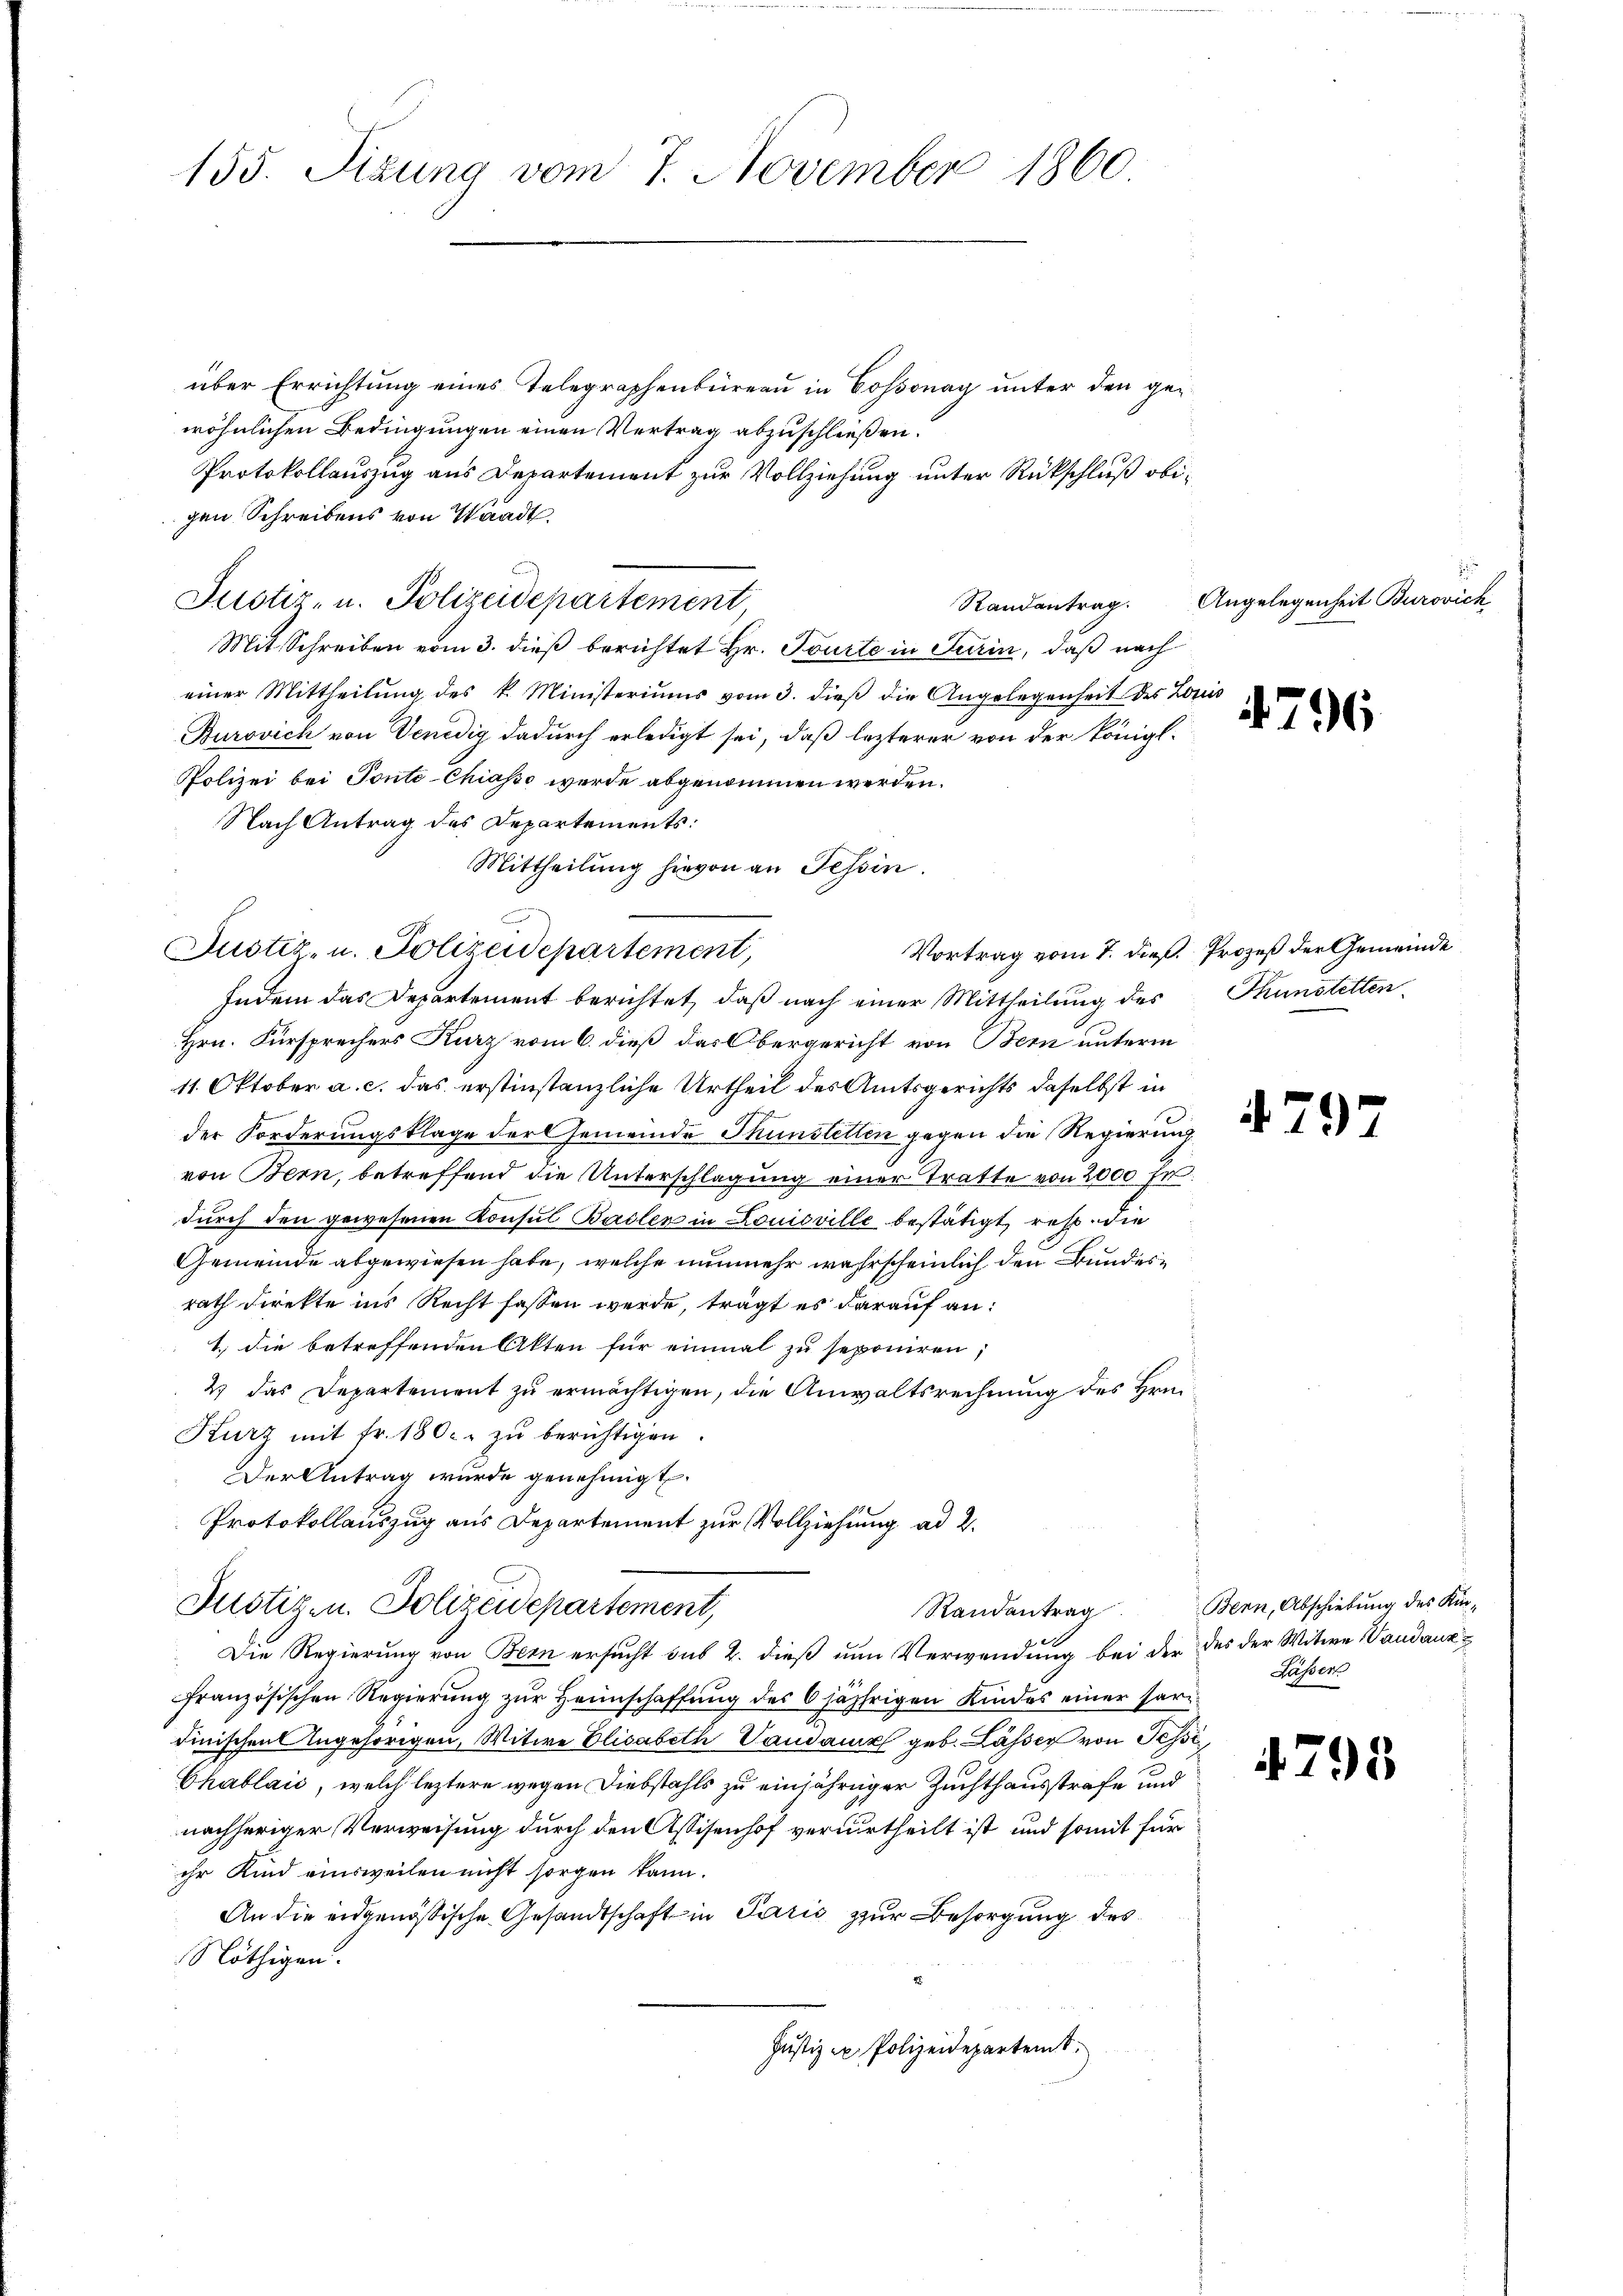
155. Sizung vom 7. November 1860

über Errichtung eines Telegraphenbüreau in Cossonay unter den gewöhnlichen Bedingungen einen Vertrag abzuschließen.
Protokollauszug aus Departement zur Vollziehung unter Rückschluß obigen Schreibens von Waadt.
Justiz- u. Polizeidepartement,
Mit Schreiben vom 3. dieß berichtet Hr. Tourte in Turin, daß nach
einer Mittheilŭng des k. Ministeriums vom 3. dieβ die Angelegenheit des Louis
Burovich von Venedig dadurch erledigt sei, daß lezterer von der Königl.
Polizei bei Ponte-Chiasso werde abgenommen werden.
Nach Antrag des Departements:
Mittheilung hievon an Tessin.
Justiz- u. Polizeidepartement,
Indem das Departement berichtet, daß nach einer Mittheilung des Thunstetten¬
Hrn. Fürsprechers Kurz vom 6. dieß das Obergericht von Bern unterm
11. Oktober a. c. das erstinstanzliche Urtheil des Amtsgerichts daselbst in
der Forderungsklage der Gemeinde Thunstetten gegen die Regierung
von Bern, betreffend die Unterschlagung einer Tratte von 2000 Fr
durch den gewesenen Konsul Baslen in Louisville bestätigt, resp. die
Gemeinde abgewiesen habe, welche nunmehr wahrscheinlich den Bundesrath direkte ins Recht fassen werde, trägt es darauf an:
1.) Die betreffenden Akten für einmal zu seponiren,
2 das Departement zu ermächtigen, die Anwaltsrechnung des Hrn.
Kurz mit fr. 1800. zŭ berichtigen.
Der Antrag wurde genehmigt.
Protokollauszug aus Departement zur Vollziehung ad 2.
Randantrag Bern, Abschiebung des Kin-
Justizen. Polizeidepartement,
Die Regierung von Bern ersucht sub 2. dieß nun Verwendung bei der des der Witwe Wandauzfranzösischen Regierŭng zŭr Heimschaffung des 6 jährigen Kindes einer seri
Finischen Angehörigen, Witwe Elisabeth Vandame geb. Lasser von Tessi¬
Chablaić, welch leztere wegen Diebstahls zu einjähriger Zuchthausstrafe und
nachheriger Verweisung durch den Assisenhof verurtheilt ist und somit für
ihr Kind einsweilen nicht sorgen kann.
An die eidgenößische Gesandtschaft in Paris zur Besorgung des
Nöthigen.
Justiz u. Polizeidepartent

Randantrag. Angelegenheit Burovich

796

Vortrag vom 7. dieß. Prozeß der Gemeinde

Lässer

4798